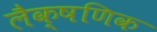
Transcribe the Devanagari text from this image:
लैक्षणिक